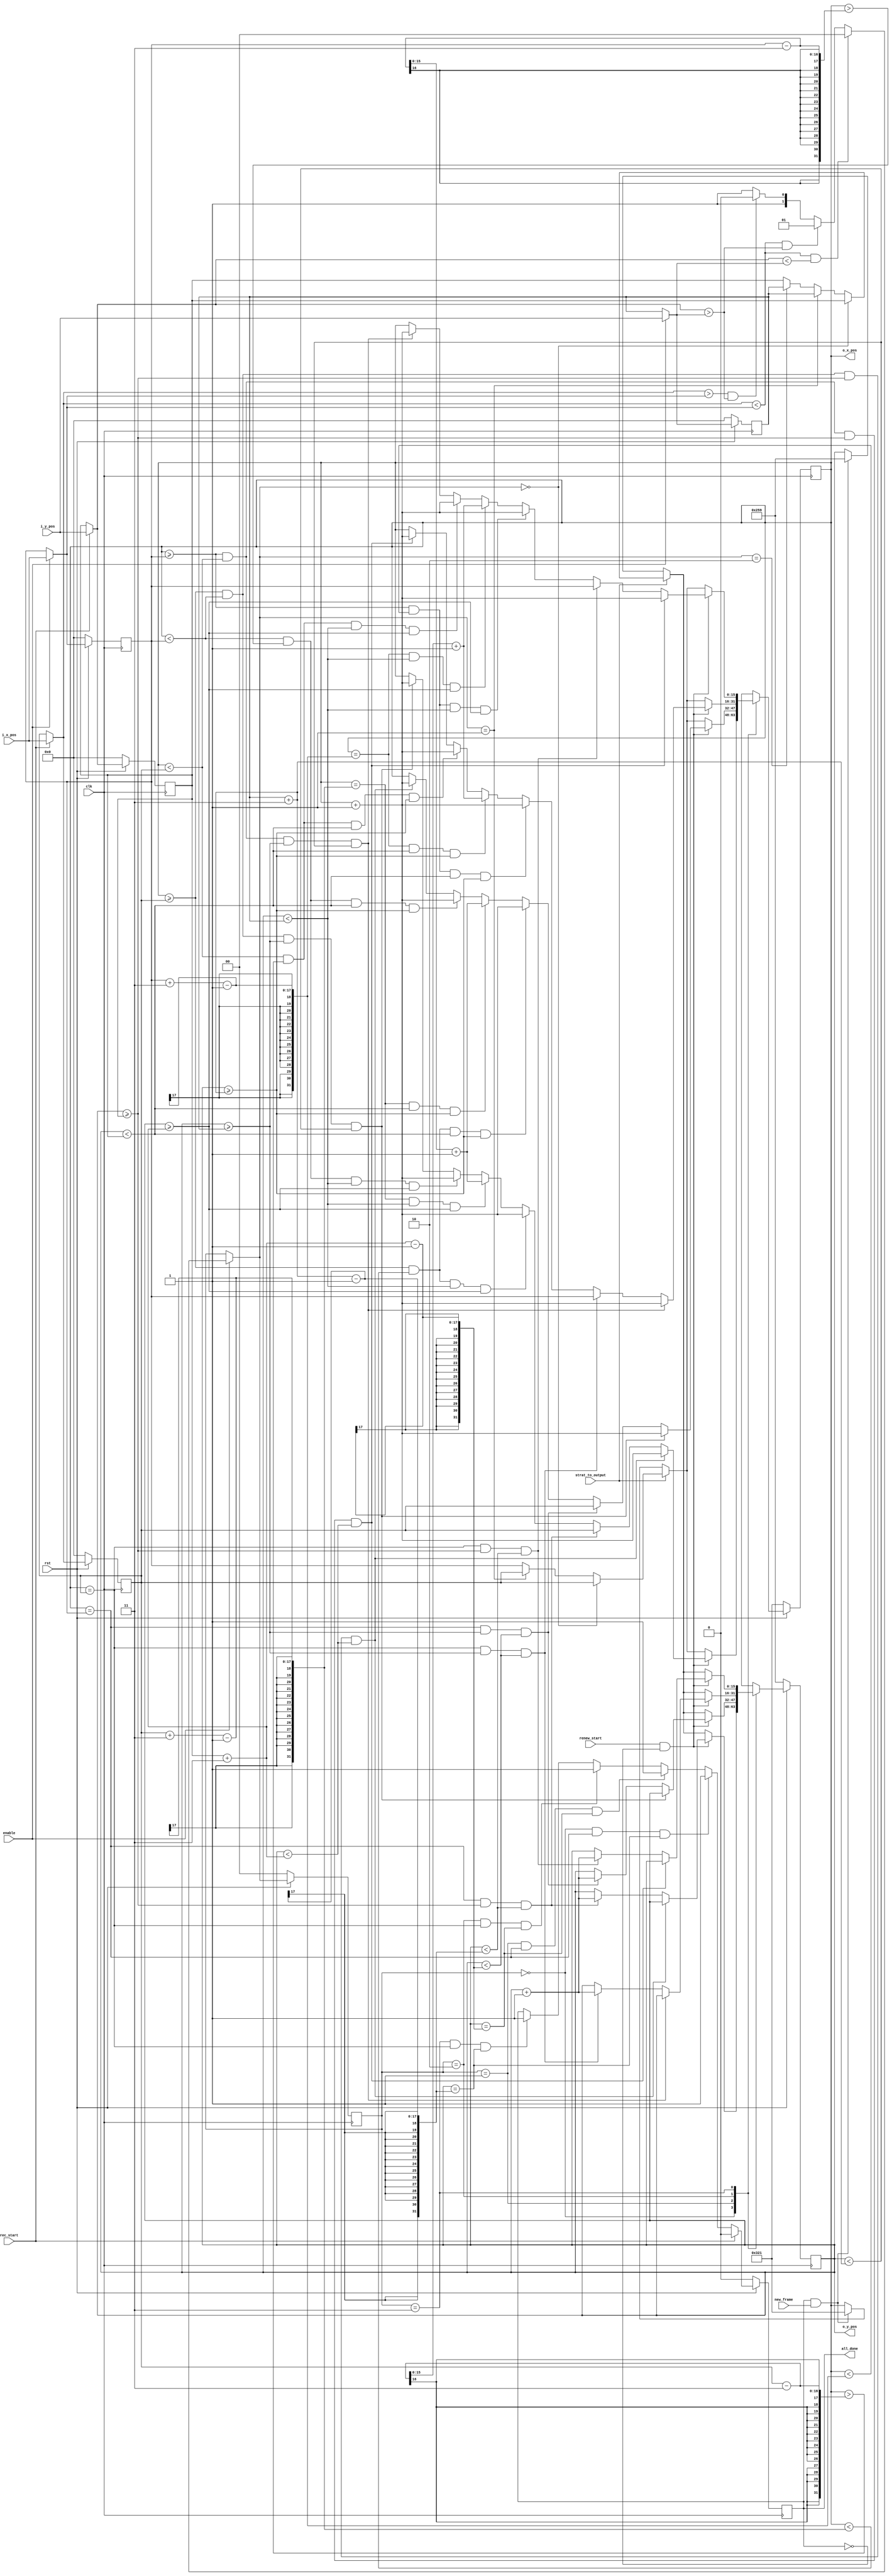
module rectangle (
	clk,
	rst,
	i_x_pos,
	i_y_pos,
	rec_start,  // rec_start = 1 if the first point is inputted 
	enable,    // enable = 1 if two positions are sent (start to draw the rectangle)
	strat_to_output, // tell RECTANGLE it can start to send the output o_x_pos & o_y_pos
	renew_start,  // renew_start = 1 if the output position sent by the rectangle has been saved into the SDRAM
	new_frame,
	all_done,     // all_done = 1 if all the positions have been outputted
	o_x_pos,
	o_y_pos
);
	input clk, rst;
	input [15:0] i_x_pos;
	input [15:0] i_y_pos;
	input rec_start;
	input enable;
	input strat_to_output;
	input renew_start;
	input new_frame;
	output all_done;
	output [15:0] o_x_pos;
	output [15:0] o_y_pos;
	
	localparam width = 3;
	
	localparam LURD = 0;        // LEFT UP TO RIGHT DOWN
	localparam LDRU = 1;		// LEFT DOWN TO RIGHT UP 
	localparam RDLU = 2;		// RIGHT DOWN TO LEFT UP
	localparam RULD = 3;		// RIGHT UP TO LEFT DOWN
	
	// 1st input position
	reg [15:0] x1_w, y1_w;
	reg [15:0] x1_r, y1_r;
	
	// 2nd input position
	reg [15:0] x2_w, y2_w;
	reg [15:0] x2_r, y2_r;
	
	// output position
	reg [15:0] o_x_w, o_x_r;
	reg [15:0] o_y_w, o_y_r;
	
	// the current state
	reg [1:0] state_w, state_r;
	
	reg done_w, done_r;
	
	assign o_x_pos = o_x_r;
	assign o_y_pos = o_y_r;
	assign all_done = done_r;
	
	
	always@ (*) begin
		/*o_x_w = o_x_r;
		o_y_w = o_y_r;*/
		x1_w = x1_r;
		y1_w = y1_r;
		x2_w = x2_r;
		y2_w = y2_r;
		if (rec_start==1) begin
			x1_w = i_x_pos;
			y1_w = i_y_pos;
			/*o_x_w = i_x_pos;	// the first point
			o_y_w = i_y_pos;	// the first point
			*/
		end
		else begin
			x1_w = x1_r;
			y1_w = y1_r;
		end
		if (enable==1) begin
			x2_w = i_x_pos;
			y2_w = i_y_pos;
		end
		else begin
			x2_w = x2_r;
			y2_w = y2_r;
		end
		
		// to determine the current state
		if(enable == 1) begin
			if ((x1_w < x2_w) && (y1_w < y2_w)) state_w = LURD;
			else if ((x1_w < x2_w) && (y1_w > y2_w)) state_w = LDRU;
			else if ((x1_w > x2_w) && (y1_w > y2_w)) state_w = RDLU;
			else state_w = RULD;
		end
		else state_w = state_r;
	end
	
	always@ (*) begin
		if (strat_to_output==1) begin
			if(state_w == LURD) begin
				o_x_w = x1_r;	// the first point
				o_y_w = y1_r;	// the first point
			end
			else if(state_w == LDRU) begin
				o_x_w = x1_r;
				o_y_w = y2_r;
			end
			else if(state_w == RDLU) begin
				o_x_w = x2_r;
				o_y_w = y2_r;
			end
			else begin
				o_x_w = x2_r;
				o_y_w = y1_r;
			end
		end
		else if(done_r == 1 && new_frame == 1) begin
			o_x_w = 801;
			o_y_w = 601;
		end
		else begin
			o_x_w = o_x_r;
			o_y_w = o_y_r;
		end
		case (state_r)
			LURD : begin
				if(renew_start == 1 && done_r != 1) begin
					if((o_x_r >= x1_r) && (o_x_r < x2_r) && (o_y_r >= y1_r) && (o_y_r < (y1_r + width))) begin
						o_x_w = o_x_r + 1;
						o_y_w = o_y_r;
					end
					else if ((o_x_r == x2_r) && (o_y_r >= y1_r) && (o_y_r < (y2_r + width - 1))) begin
						o_x_w = x1_r;
						o_y_w = o_y_r + 1;
					end
					else if ((o_x_r >= x1_r) && (o_x_r < (x1_r + width - 1)) && (o_y_r < y2_r) && (o_y_r >= (y1_r + width))) begin
						o_x_w = o_x_r + 1;
						o_y_w = o_y_r;
					end
					else if((o_x_r == (x1_r + width - 1)) && (o_y_r < y2_r) && (o_y_r >= (y1_r + width))) begin
						o_x_w = x2_r - width + 1;
						o_y_w = o_y_r;
					end
					else if ((o_x_r < x2_r) && (o_x_r > (x2_r - width)) && (o_y_r < y2_r) && (o_y_r >= (y1_r + width))) begin
						o_x_w = o_x_r + 1;
						o_y_w = o_y_r;
					end
					else if ((o_x_r >= x1_r) && (o_x_r < x2_r) && (o_y_r >= y2_r) && (o_y_r < y2_r + width)) begin
						o_x_w = o_x_r + 1;
						o_y_w = o_y_r;
					end
					else begin
						o_x_w = o_x_r;
						o_y_w = o_y_r;
					end
				end
				else;
			end
			LDRU : begin
				if(renew_start == 1 && done_r != 1) begin
					if((o_x_r >= x1_r) && (o_x_r < x2_r) && (o_y_r >= y2_r) && (o_y_r < (y2_r + width))) begin
						o_x_w = o_x_r + 1;
						o_y_w = o_y_r;
					end
					else if ((o_x_r == x2_r) && (o_y_r >= y2_r) && (o_y_r < (y1_r + width - 1))) begin
						o_x_w = x1_r;
						o_y_w = o_y_r + 1;
					end
					else if ((o_x_r >= x1_r) && (o_x_r < (x1_r + width - 1)) && (o_y_r < y1_r) && (o_y_r >= (y2_r + width))) begin
						o_x_w = o_x_r + 1;
						o_y_w = o_y_r;
					end
					else if((o_x_r == (x1_r + width - 1)) && (o_y_r < y1_r) && (o_y_r >= (y2_r + width))) begin
						o_x_w = x2_r - width + 1;
						o_y_w = o_y_r;
					end
					else if ((o_x_r < x2_r) && (o_x_r > (x2_r - width)) && (o_y_r < y1_r) && (o_y_r >= (y2_r + width))) begin
						o_x_w = o_x_r + 1;
						o_y_w = o_y_r;
					end
					else if ((o_x_r >= x1_r) && (o_x_r < x2_r) && (o_y_r >= y1_r) && (o_y_r < y1_r + width)) begin
						o_x_w = o_x_r + 1;
						o_y_w = o_y_r;
					end
					else begin
						o_x_w = o_x_r;
						o_y_w = o_y_r;
					end
				end
				else;
			end
			RDLU : begin
				if(renew_start == 1 && done_r != 1) begin
					if((o_x_r >= x2_r) && (o_x_r < x1_r) && (o_y_r >= y2_r) && (o_y_r < (y2_r + width))) begin
						o_x_w = o_x_r + 1;
						o_y_w = o_y_r;
					end
					else if ((o_x_r == x1_r) && (o_y_r >= y2_r) && (o_y_r < (y1_r + width - 1))) begin
						o_x_w = x2_r;
						o_y_w = o_y_r + 1;
					end
					else if ((o_x_r >= x2_r) && (o_x_r < (x2_r + width - 1)) && (o_y_r < y1_r) && (o_y_r >= (y2_r + width))) begin
						o_x_w = o_x_r + 1;
						o_y_w = o_y_r;
					end
					else if ((o_x_r == (x2_r + width - 1)) && (o_y_r < y1_r) && (o_y_r >= (y2_r + width))) begin
						o_x_w = x1_r - width + 1;
						o_y_w = o_y_r;
					end
					else if ((o_x_r < x1_r) && (o_x_r > (x1_r - width)) && (o_y_r < y1_r) && (o_y_r >= (y2_r + width))) begin
						o_x_w = o_x_r + 1;
						o_y_w = o_y_r;
					end
					else if ((o_x_r >= x2_r) && (o_x_r < x1_r) && (o_y_r >= y1_r) && (o_y_r < y1_r + width)) begin
						o_x_w = o_x_r + 1;
						o_y_w = o_y_r;
					end
					else begin
						o_x_w = o_x_r;
						o_y_w = o_y_r;
					end
				end
				else;
			end
			RULD : begin
				if(renew_start == 1 && done_r != 1) begin
					if((o_x_r >= x2_r) && (o_x_r < x1_r) && (o_y_r >= y1_r) && (o_y_r < (y1_r + width))) begin
						o_x_w = o_x_r + 1;
						o_y_w = o_y_r;
					end
					else if ((o_x_r == x1_r) && (o_y_r >= y1_r) && (o_y_r < (y2_r + width - 1))) begin
						o_x_w = x2_r;
						o_y_w = o_y_r + 1;
					end
					else if ((o_x_r >= x2_r) && (o_x_r < (x2_r + width - 1)) && (o_y_r < y2_r) && (o_y_r >= (y1_r + width))) begin
						o_x_w = o_x_r + 1;
						o_y_w = o_y_r;
					end
					else if ((o_x_r == (x2_r + width - 1)) && (o_y_r < y2_r) && (o_y_r >= (y1_r + width))) begin
						o_x_w = x1_r - width + 1;
						o_y_w = o_y_r;
					end
					else if ((o_x_r < x1_r) && (o_x_r > (x1_r - width)) && (o_y_r < y2_r) && (o_y_r >= (y1_r + width))) begin
						o_x_w = o_x_r + 1;
						o_y_w = o_y_r;
					end
					else if ((o_x_r >= x2_r) && (o_x_r < x1_r) && (o_y_r >= y2_r) && (o_y_r < y2_r + width)) begin
						o_x_w = o_x_r + 1;
						o_y_w = o_y_r;
					end
					else begin
						o_x_w = o_x_r;
						o_y_w = o_y_r;
					end
				end
				else;
			end
		endcase
	end
	always@ (*) begin
		if(rec_start == 1) done_w = 0;
		else if ((state_r == LURD) && (o_x_r == x2_r) && (o_y_r == (y2_r + width - 1))) done_w = 1;
		else if ((state_r == LDRU) && (o_x_r == x2_r) && (o_y_r == (y1_r + width - 1))) done_w = 1;
		else if ((state_r == RDLU) && (o_x_r == x1_r) && (o_y_r == (y1_r + width - 1))) done_w = 1;
		else if ((state_r == RULD) && (o_x_r == x1_r) && (o_y_r == (y2_r + width - 1))) done_w = 1;
		else done_w = done_r;
	end
	
	always@ (posedge clk) begin
		if(!rst) begin
			x1_r <= 0;
			y1_r <= 0;
			x2_r <= 0;
			y2_r <= 0;
			o_x_r <= 801;
			o_y_r <= 601;
			done_r <= 0;
			state_r <= LURD;
		end
		else begin
			x1_r <= x1_w;
			y1_r <= y1_w;
			x2_r <= x2_w;
			y2_r <= y2_w;
			o_x_r <= o_x_w;
			o_y_r <= o_y_w;
			done_r <= done_w;
			state_r <= state_w;
		end
	end
	
	
endmodule